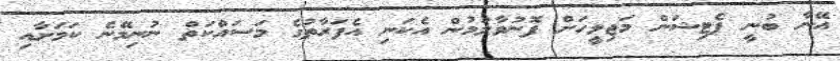
އޭނާ ބުނީ ޕެޓިޝަން މަޖިލީހަށް ފޮނުވާލުމުން އެކަނި އެފަރާތުގެ މަސައްކަތް ނުނިމޭނެ ކަމަށާއި